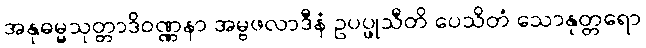
အနုဓမ္မသုတ္တာဒိဝဏ္ဏနာ အမ္ဗဖလာဒီနံ ဥပပ္ဖုသီတိ ပေသိတံ သောနုတ္တရော